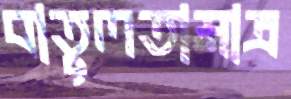
বাতুলতামাত্র